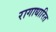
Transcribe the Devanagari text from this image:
रागाधारित